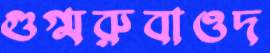
গুগ্মরুবাওদ